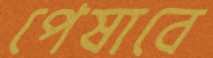
পেষাবে